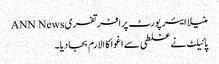
منیلا ایئر پورٹ پرافرتفریANN News
پائیلٹ نے غلطی سے اغوا کا الارم بجادیا۔